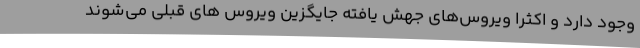
وجود دارد و اکثرا ویروس‌های جهش یافته جایگزین ویروس های قبلی‌ می‌شوند